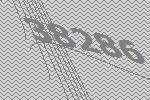
38286